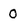
Character: 0